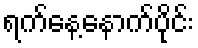
ရက်နေ့နောက်ပိုင်း